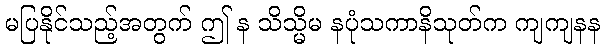
မပြနိုင်သည့်အတွက် ဤ န သိသ္မိမ နပုံသကာနိသုတ်က ကျကျနန